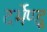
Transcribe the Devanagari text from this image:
दर्भेण्डु